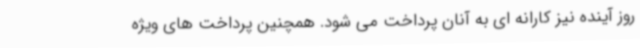
روز آینده نیز کارانه ای به آنان پرداخت می شود. همچنین پرداخت های ویژه